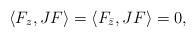
\begin{align*}\langle F_z , JF \rangle=\langle F_{\bar z}, JF \rangle =0,\end{align*}